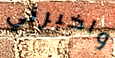
واخبرني